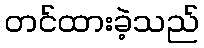
တင်ထားခဲ့သည်